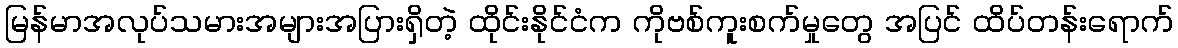
မြန်မာအလုပ်သမားအများအပြားရှိတဲ့ ထိုင်းနိုင်ငံက ကိုဗစ်ကူးစက်မှုတွေ အပြင် ထိပ်တန်းရောက်